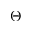
\Theta